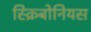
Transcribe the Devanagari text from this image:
स्क्रिबोनियस